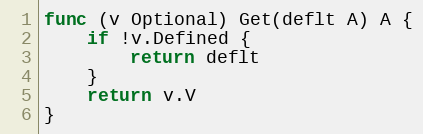
Language: Go
func (v Optional) Get(deflt A) A {
	if !v.Defined {
		return deflt
	}
	return v.V
}